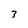
Character: 3